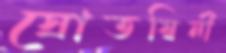
স্রোতস্বিনী